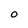
Character: O